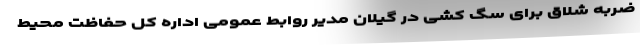
ضربه شلاق برای سگ کشی در گیلان مدیر روابط عمومی اداره کل حفاظت محیط